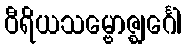
ဝီရိယသမ္ဗောဇ္ဈင်္ဂေါ